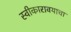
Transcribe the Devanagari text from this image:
स्वीकारावयाचा